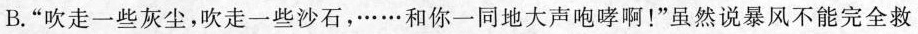
B. “吹走一些灰尘，吹走一些沙石，… …和你一同地大声咆哮啊！”虽然说暴风不能完全救